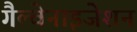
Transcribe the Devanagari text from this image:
गैल्वेनाइजेशन